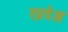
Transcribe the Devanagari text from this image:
रप्रदेश